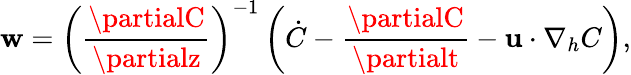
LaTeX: \mathbf{w}=\left(\frac{{\partialC}}{{\partialz}}\right)^{-1}\left(\dot{{C}}-\frac{{\partialC}}{{\partialt}}-{\mathbf{u}}\cdot\nabla_{h}C\right),